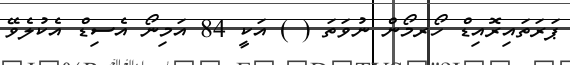
ޕަރަތައިރޮއިޑް ހޯރމޯން ނުވަތަ ( ) އަކީ 84 އަމިނޯ އެސިޑް އެކުލެވޭ